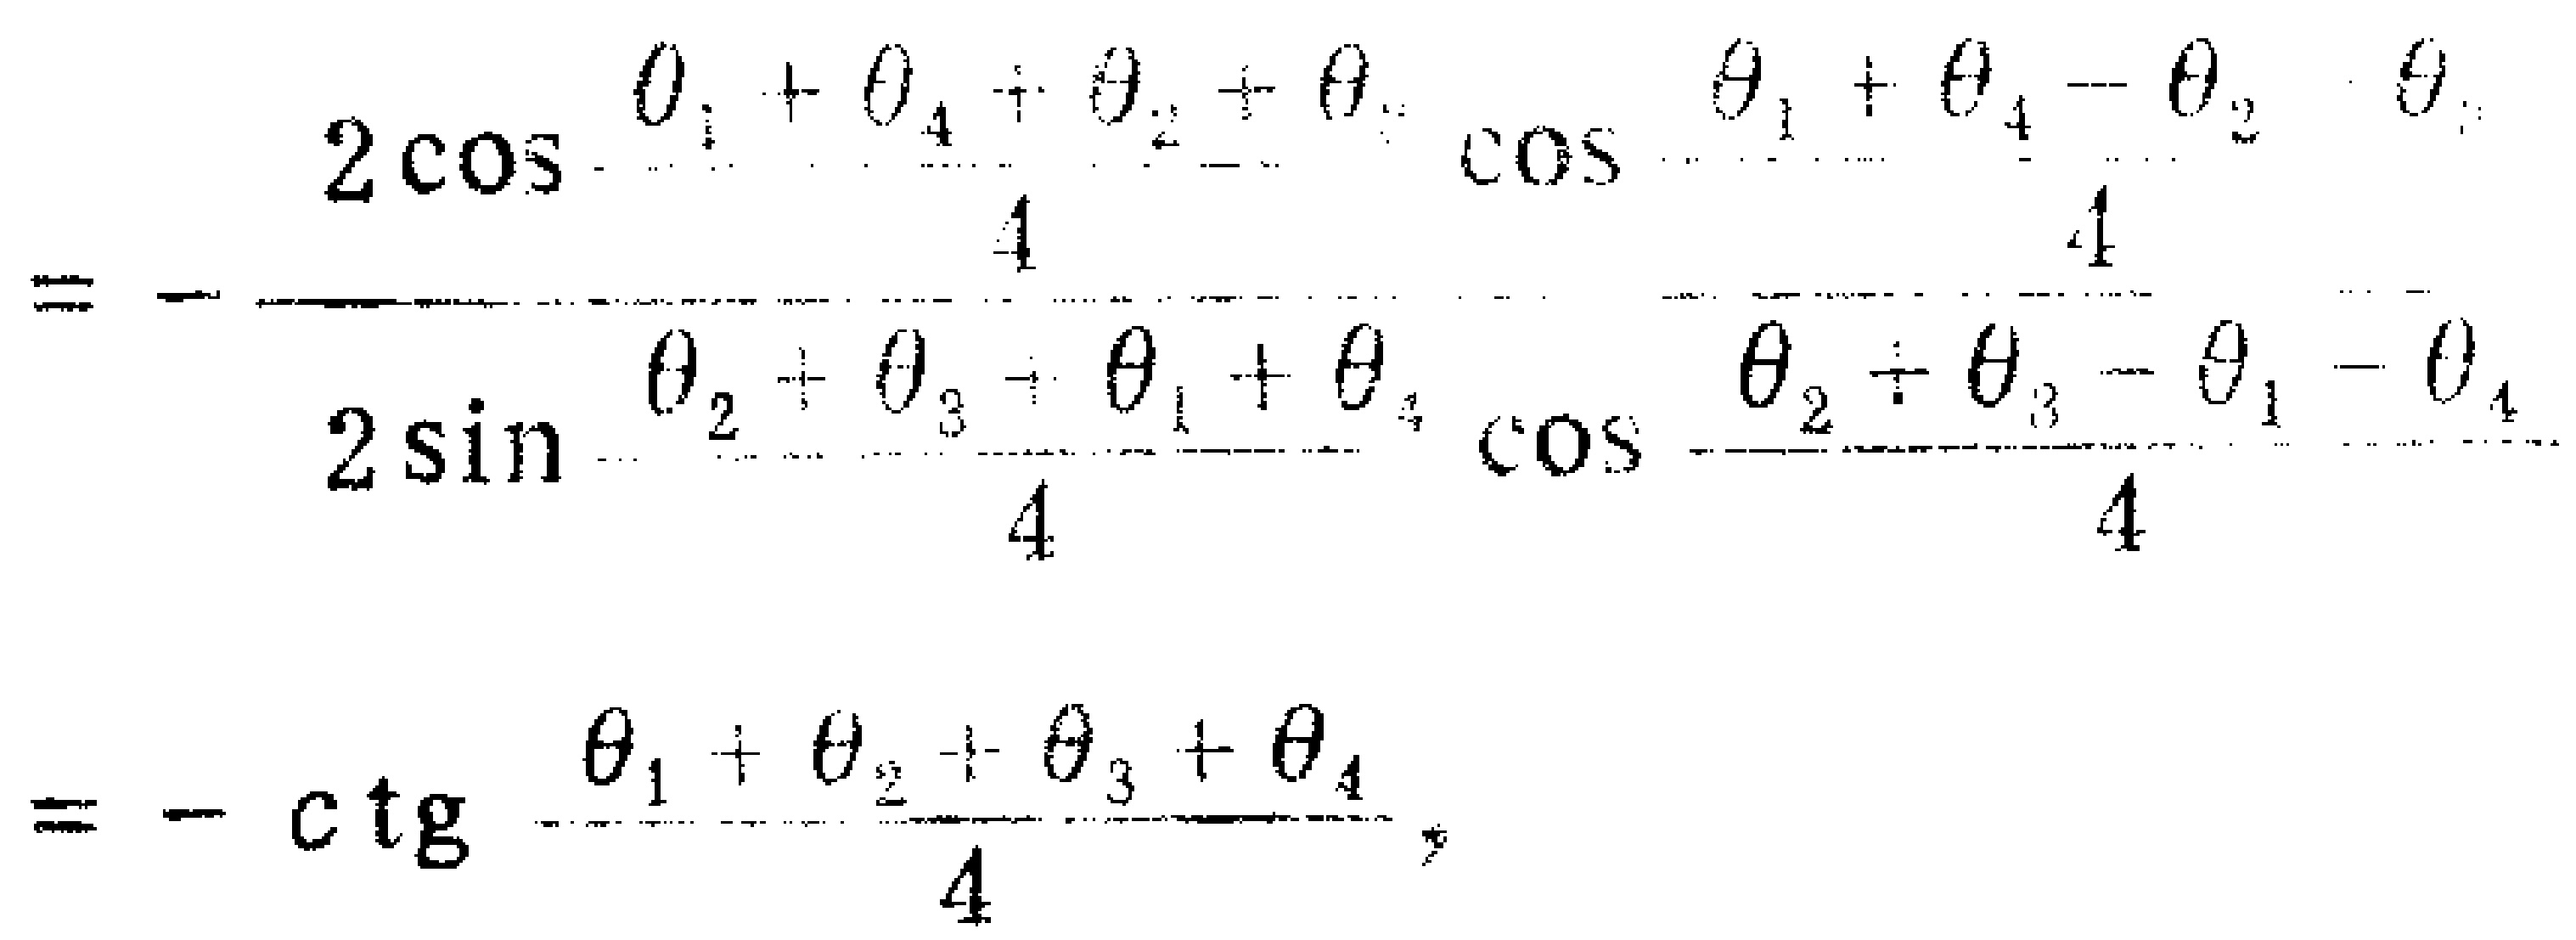
\[
=-\frac{2\cos\frac{\theta_{1}+\theta_{4}+\theta_{2}+\theta_{3}}{4}\cos\frac{\theta_{1}+\theta_{4}-\theta_{2}-\theta_{3}}{4}}{2\sin\frac{\theta_{2}+\theta_{3}+\theta_{1}+\theta_{4}}{4}\cos\frac{\theta_{2}+\theta_{3}-\theta_{1}-\theta_{4}}{4}}
\]
\[
=-\ctg\frac{\theta_{1}+\theta_{2}+\theta_{3}+\theta_{4}}{4}
\]